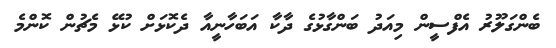
ބެންގަލޫރު އެފްސީން މިއަދު ބަންގާޅުގެ ދާކާ އަބަހާނީއާ ދެކޮޅަށް ކުޅޭ މެޗުން ކޮންމެ